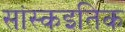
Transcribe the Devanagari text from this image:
सांस्कइतिक